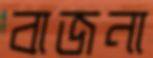
বাজনা